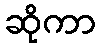
ဆိုကာ